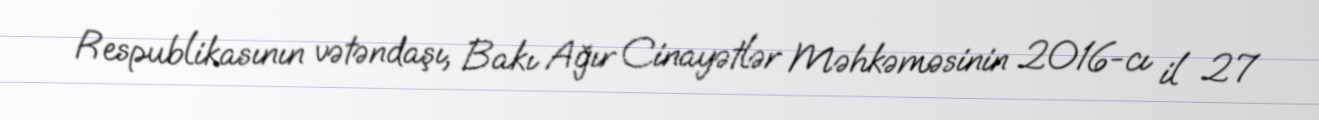
Respublikasının vətəndaşı, Bakı Ağır Cinayətlər Məhkəməsinin 2016-cı il 27